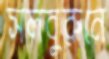
সলবুরুনে